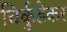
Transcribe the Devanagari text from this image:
चिर्कुडेकर